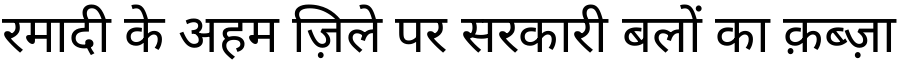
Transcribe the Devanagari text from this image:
रमादी के अहम ज़िले पर सरकारी बलों का क़ब्ज़ा